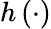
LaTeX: h\left(\cdot\right)